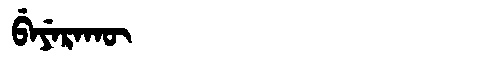
Manchu: ᠪᡝᠶᡝᡵᠠᡴᡡ
Romanization: BEYERAKŪ